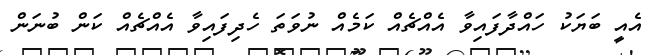
އެއީ ބަޔަކު ހައްދާފައިވާ އެއްޗެއް ކަމެއް ނުވަތަ ހެދިފައިވާ އެއްޗެއް ކަން ބުނަން